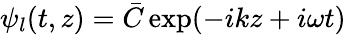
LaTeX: \psi_{l}(t,z)=\bar{C}\exp(-ikz+i\omega t)